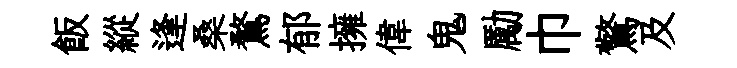
飯縱逢桑鶩郁擁偉鬼勵巾驚及